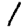
Digit: 1